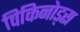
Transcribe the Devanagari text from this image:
विकिनोड्स